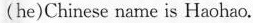
(he)Chinese name is Haohao.